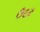
ઉદર